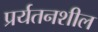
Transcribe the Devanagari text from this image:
प्रर्यतनशील